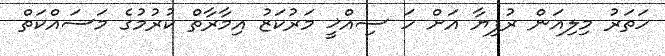
ހަތަރު މިލިއަން ރުފިޔާ އަށް ހަ ސިއްޚީ މަރުކަޒު އިމާރާތް ކުރުމުގެ މަސައްކަތް